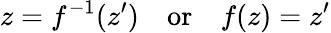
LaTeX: z=f^{-1}(z^{\prime})\quad\mathrm{or}\quad f(z)=z^{\prime}